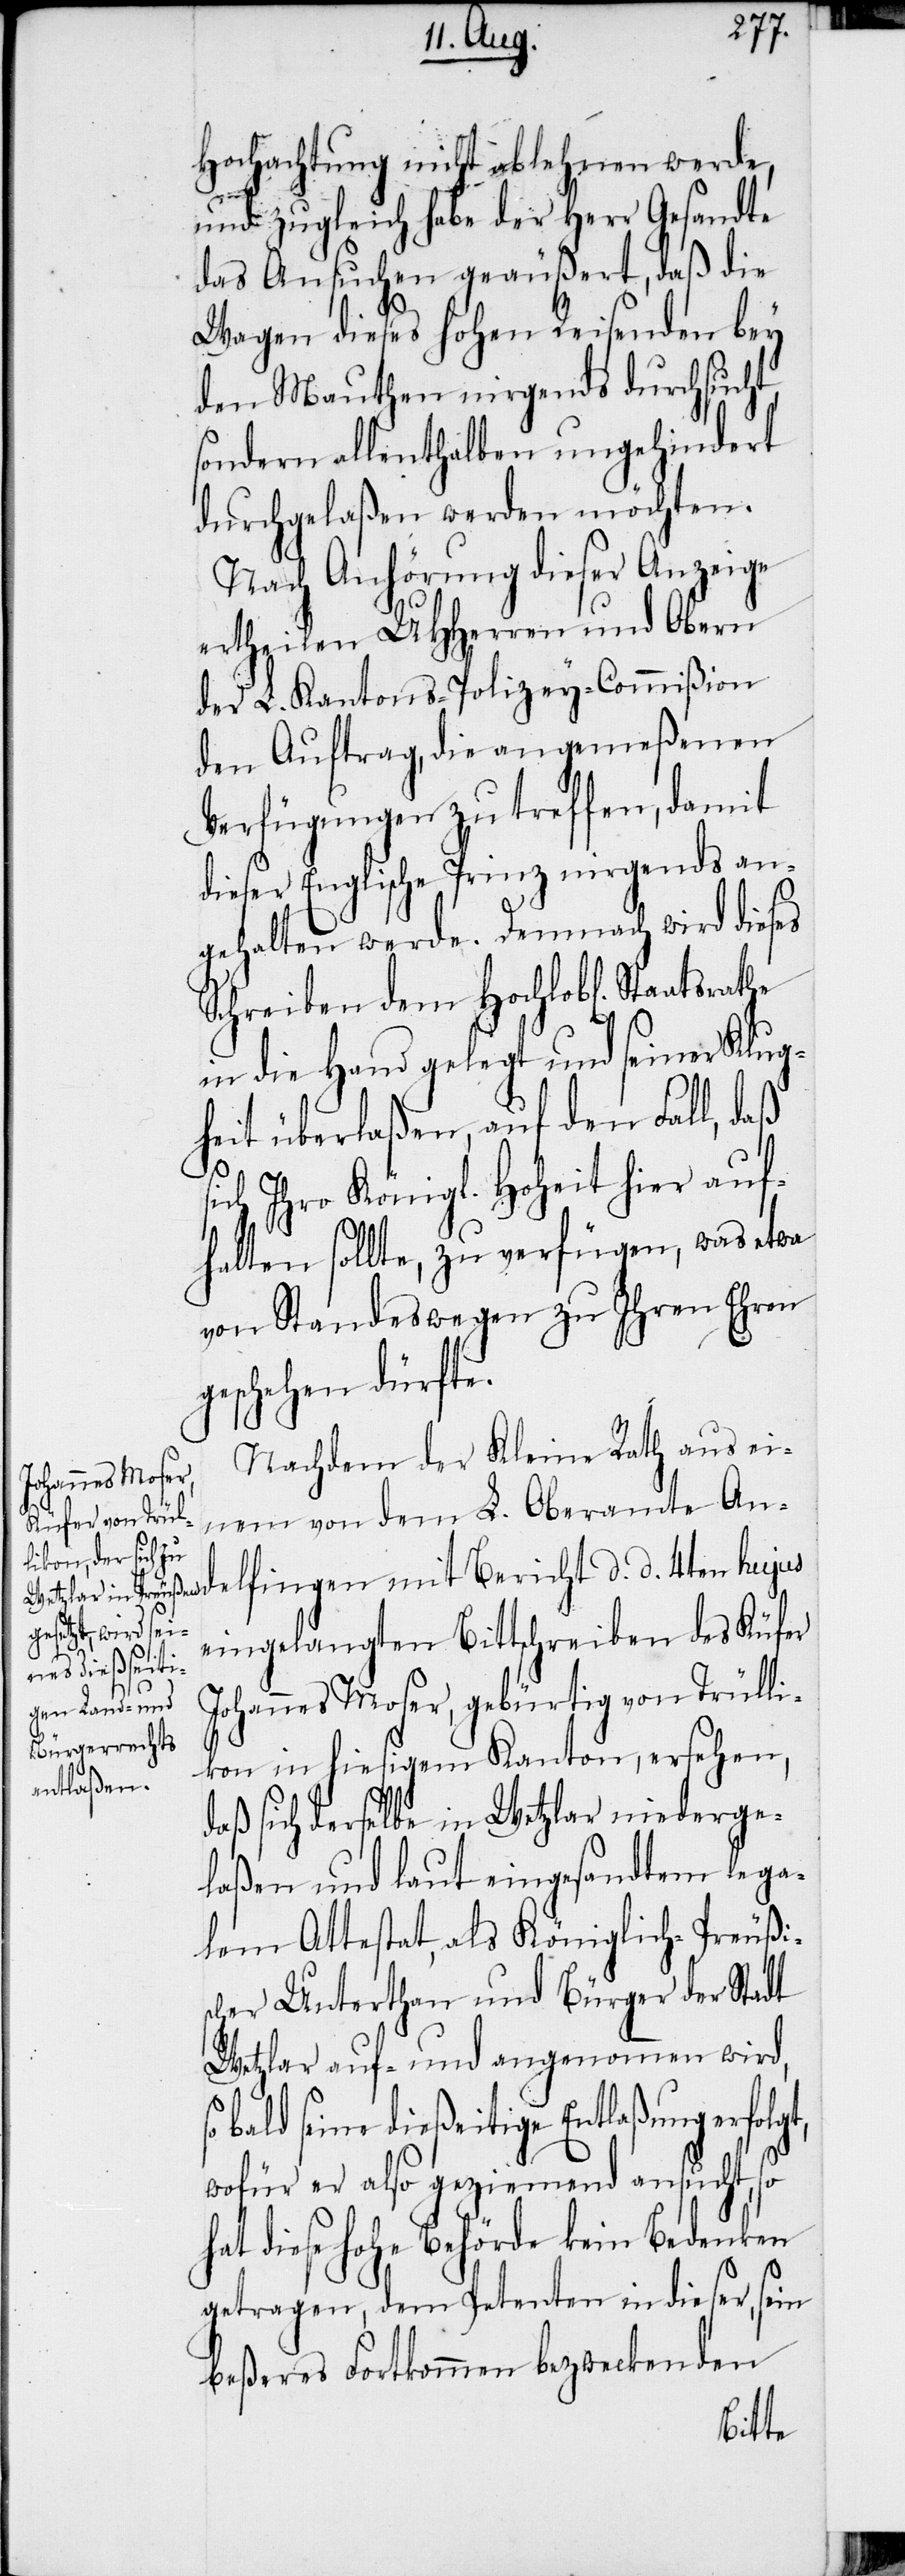
t,

Hochachtung nicht ablehnen werde,
und zugleich habe der Herr Gesandte
das Ansuchen geäußert, daß die
Wagen dieses hohen Reisenden bey
den Mauthen nirgends durchsucht,
sondern allenthalben ungehindert
durchgelaßen werden möchten.
Nach Anhörung dieser Anzeige
ertheilen UHHerren und Obern
der L. Kantons-Polizey-Commißion
den Auftrag, die angemeßenen
Verfügungen zu treffen, damit
dieser Englische Prinz nirgends an¬
gehalten werde. Demnach wird dieses
Schreiben dem Hochlob[lichen]
in die Hand gelegt und seiner Klug¬
heit überlaßen, auf den Fall, daß
sich Ihro Königl. Hoheit hier auf¬
halten sollte, zu verfügen, was etwa
von Standeswegen zu Ihren Ehren
geschehen dürfte.
Nachdem der Kleine Rath aus ei¬
nem von dem L. Oberamte And¬
elfingen mit Bericht d. d. 4ten hujus
eingelangten Bittschreiben des Küfer
Johannes Moser, gebürtig von Trülli¬
kon in hiesigem Kanton, ersehen,
daß sich derselbe in Wetzlar niederge¬
laßen und laut eingesandtem lega¬
lem Attestat, als Königlich-Preußis¬
cher Unterthan und Bürger der Stadt
Wetzlar auf- und angenommen wird,
bald seine dießeitige Entlaßung erfolg¬
wofür er also geziemend ansucht, so
hat diese hohe Behörde kein bedenken
getragen, dem Petenten in dieser, sein
beßeres Fortkommen bezweckenden